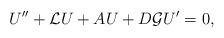
LaTeX: \begin{align*}U'' + \mathcal L U +AU + D\mathcal GU' = 0,\end{align*}